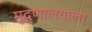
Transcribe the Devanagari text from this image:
मुद्रणालयाला